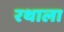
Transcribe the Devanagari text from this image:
रथाला